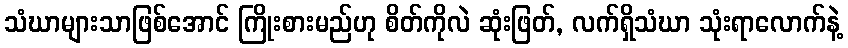
သံဃာများသာဖြစ်အောင် ကြိုးစားမည်ဟု စိတ်ကိုလဲ ဆုံးဖြတ်, လက်ရှိသံဃာ သုံးရာလောက်နဲ့